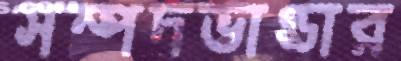
সম্পদভাণ্ডার